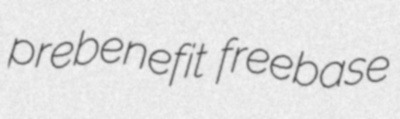
prebenefit freebase